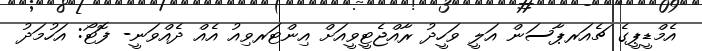
އެމްޑީޕީގެ ޗެއަރޕާސަން އަލީ ވަހީދު ރާއްޖެޓީވީއަށް އިންޓަރވިއު އެއް ދެއްވަނީ- ފޮޓޯ: އަހުމަދު